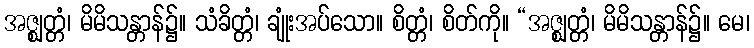
အဇ္ဈတ္တံ၊ မိမိသန္တာန်၌။ သံခိတ္တံ၊ ချုံးအပ်သော။ စိတ္တံ၊ စိတ်ကို။ “အဇ္ဈတ္တံ၊ မိမိသန္တာန်၌။ မေ၊